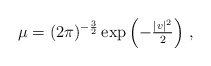
\begin{align*}\mu=(2\pi)^{-\frac{3}{2}}\exp\left(-\tfrac{|v|^2}{2}\right)\,,\end{align*}